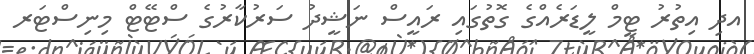
އދި އިތުރު ޓީމް ލީޑަރެއްގެ ގޮތުގައި ރައީސް ނަޝީދު ސަރުކާރުގެ ސްޓޭޓް މިނިސްޓަރ